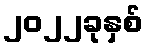
၂၀၂၂ခုနှစ်